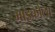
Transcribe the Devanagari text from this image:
माइकोला